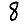
Digit: 8